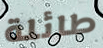
طائلة